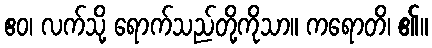
ဧဝ၊ လက်သို့ ရောက်သည်တို့ကိုသာ။ ကရောတိ၊ ၏။